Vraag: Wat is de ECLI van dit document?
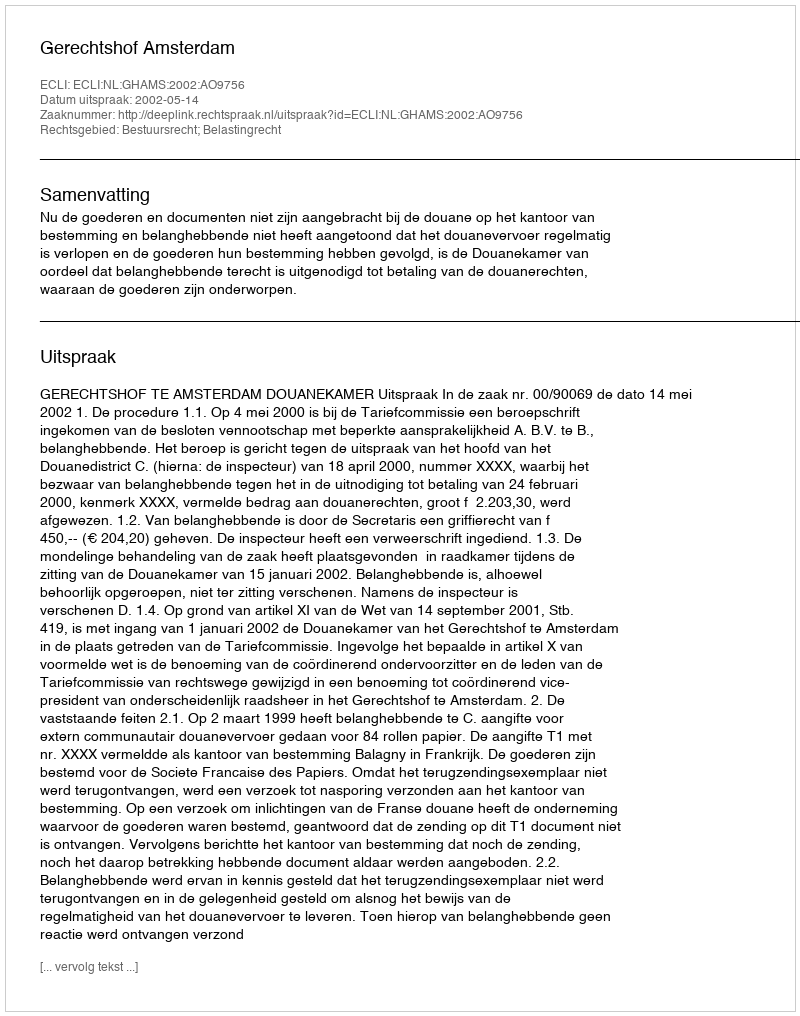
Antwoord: ECLI:NL:GHAMS:2002:AO9756